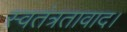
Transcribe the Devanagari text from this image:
स्वतंत्रतावाद।